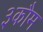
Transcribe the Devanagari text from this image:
३कौम